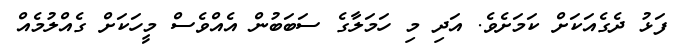
ފަޅު ދެގެއަކަށް ކަމަށެވެ. އަދި މި ހަމަލާގެ ސަބަބުން އެއްވެސް މީހަކަށް ގެއްލުމެއް